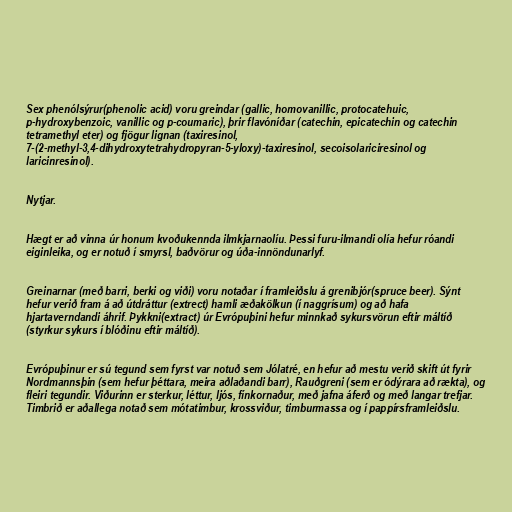
Sex phenólsýrur(phenolic acid) voru greindar (gallic, homovanillic, protocatehuic,
p-hydroxybenzoic, vanillic og p-coumaric), þrir flavóníðar (catechin, epicatechin og catechin
tetramethyl eter) og fjögur lignan (taxiresinol,
7-(2-methyl-3,4-dihydroxytetrahydropyran-5-yloxy)-taxiresinol, secoisolariciresinol og
laricinresinol).

Nytjar.

Hægt er að vinna úr honum kvoðukennda ilmkjarnaolíu. Þessi furu-ilmandi olía hefur róandi
eiginleika, og er notuð í smyrsl, baðvörur og úða-innöndunarlyf.

Greinarnar (með barri, berki og viði) voru notaðar í framleiðslu á grenibjór(spruce beer). Sýnt
hefur verið fram á að útdráttur (extrect) hamli æðakölkun (í naggrísum) og að hafa
hjartaverndandi áhrif. Þykkni(extract) úr Evrópuþini hefur minnkað sykursvörun eftir máltíð
(styrkur sykurs í blóðinu eftir máltíð).

Evrópuþinur er sú tegund sem fyrst var notuð sem Jólatré, en hefur að mestu verið skift út fyrir
Nordmannsþin (sem hefur þéttara, meira aðlaðandi barr), Rauðgreni (sem er ódýrara að rækta), og
fleiri tegundir. Viðurinn er sterkur, léttur, ljós, fínkornaður, með jafna áferð og með langar trefjar.
Timbrið er aðallega notað sem mótatimbur, krossviður, timburmassa og í pappírsframleiðslu.